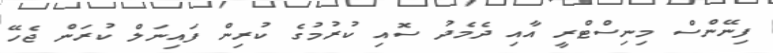
ފިނޭންސް މިނިސްޓްރީ އާއި ދެމެދު ސޮއި ކުރުމުގެ ކުރިން ފައިނަލް ކުރަން ޖެހޭ